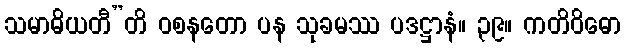
သမာဓိယတီ”တိ ဝစနတော ပန သုခမဿ ပဒဋ္ဌာနံ။ ၃၉။ ကတိဝိဓော